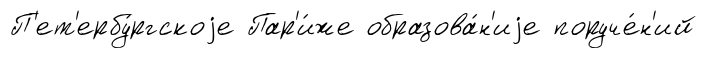
П'ет'ербу́ргскоjе Пар'и́же образова́н'иjе поруче́н'ий